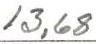
13,68